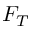
F _ { T }